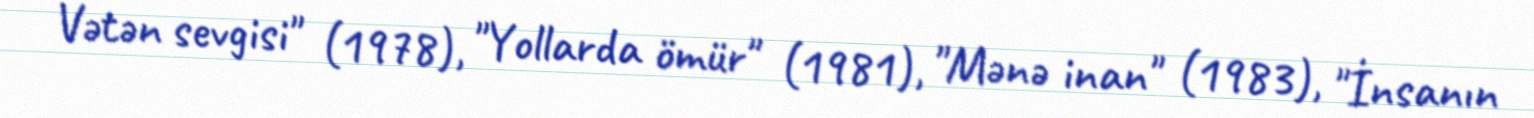
Vətən sevgisi" (1978), "Yollarda ömür" (1981), "Mənə inan" (1983), "İnsanın